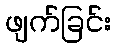
ဖျက်ခြင်း